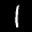
Label: 1